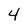
Character: 4